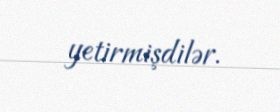
yetirmişdilər.